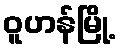
ဝူဟန်မြို့